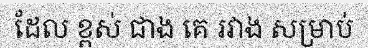
ដែល ខ្ពស់ ជាង គេ រវាង សម្រាប់